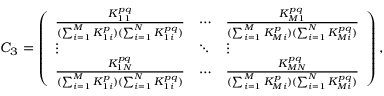
C _ { 3 } = \left( \begin{array} { l l l } { \frac { K _ { 1 1 } ^ { p q } } { ( \sum _ { i = 1 } ^ { M } K _ { 1 i } ^ { p } ) ( \sum _ { i = 1 } ^ { N } K _ { 1 i } ^ { p q } ) } } & { \cdots } & { \frac { K _ { M 1 } ^ { p q } } { ( \sum _ { i = 1 } ^ { M } K _ { M i } ^ { p } ) ( \sum _ { i = 1 } ^ { N } K _ { M i } ^ { p q } ) } } \\ { \vdots } & { \ddots } & { \vdots } \\ { \frac { K _ { 1 N } ^ { p q } } { ( \sum _ { i = 1 } ^ { M } K _ { 1 i } ^ { p } ) ( \sum _ { i = 1 } ^ { N } K _ { 1 i } ^ { p q } ) } } & { \cdots } & { \frac { K _ { M N } ^ { p q } } { ( \sum _ { i = 1 } ^ { M } K _ { M i } ^ { p } ) ( \sum _ { i = 1 } ^ { N } K _ { M i } ^ { p q } ) } } \end{array} \right) ,